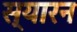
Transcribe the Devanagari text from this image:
स्यारन